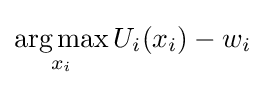
{\underset {x_{i}}{\operatorname {arg\,max} }}\,U_{i}(x_{i})-w_{i}